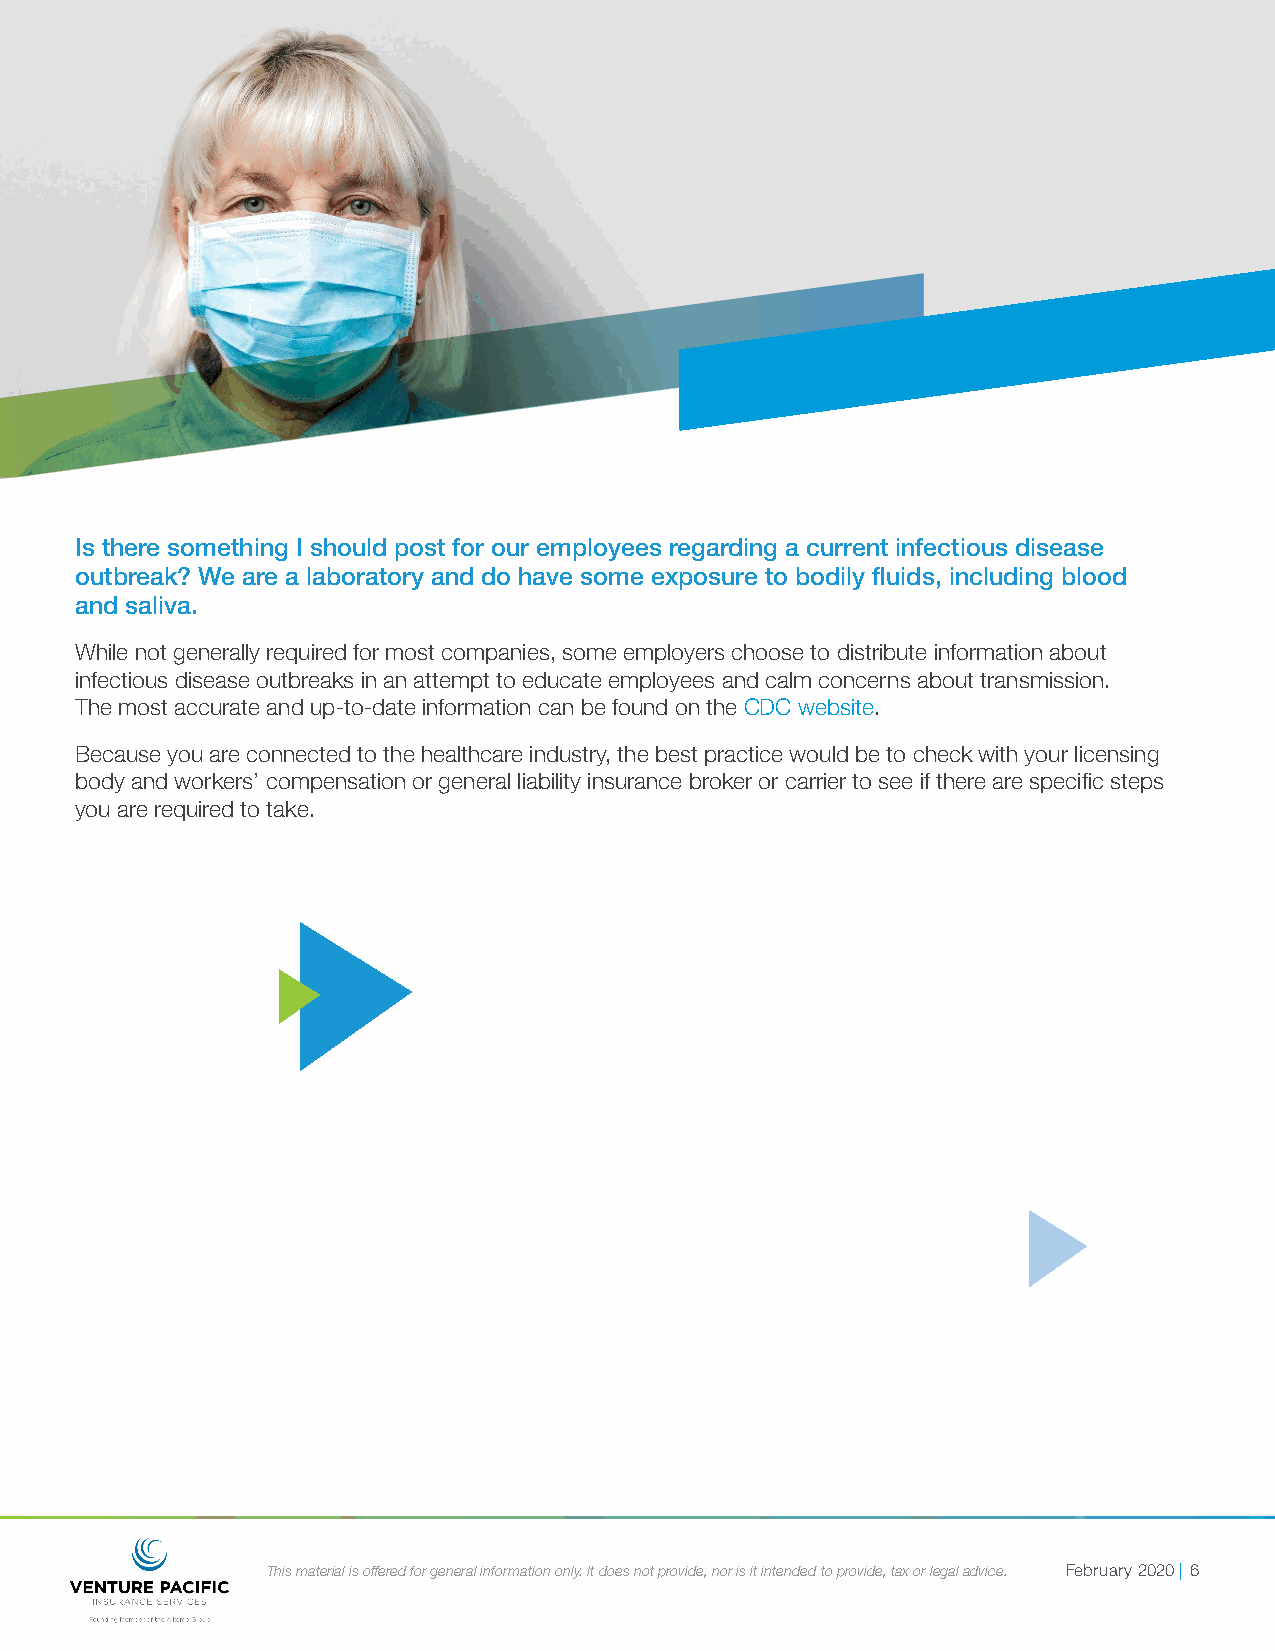
Is there something I should post for our employees regarding a current infectious disease
 outbreak? We are a laboratory and do have some exposure to bodily fluids, including blood
 and saliva.
 While not generally required for most companies, some employers choose to distribute information about
 infectious disease outbreaks in an attempt to educate employees and calm concerns about transmission.
 The most accurate and up-to-date information can be found on the CDC website.
 Because you are connected to the healthcare industry, the best practice would be to check with your licensing
 body and workers’ compensation or general liability insurance broker or carrier to see if there are specific steps
 you are required to take.
 This material is offered for general information only. It does not provide, nor is it intended to provide, tax or legal advice. February 2020 | 6